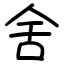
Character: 舍